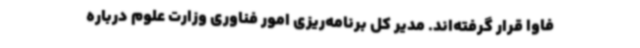
فاوا قرار گرفته‌اند. مدیر کل برنامه‌ریزی امور فناوری وزارت علوم درباره